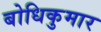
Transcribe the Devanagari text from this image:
बोधिकुमार